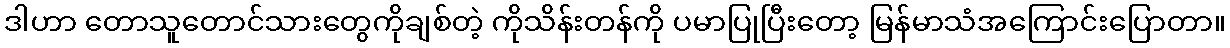
ဒါဟာ တောသူတောင်သားတွေကိုချစ်တဲ့ ကိုသိန်းတန်ကို ပမာပြုပြီးတော့ မြန်မာသံအကြောင်းပြောတာ။